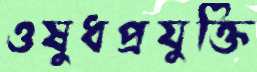
ওষুধপ্রযুক্তি